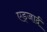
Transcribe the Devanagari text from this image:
एड्जार्द